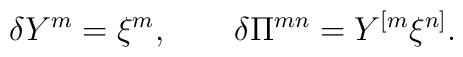
\delta Y^m = \xi^m, \qquad \delta \Pi^{mn} = Y^{[m} \xi^{n]}.